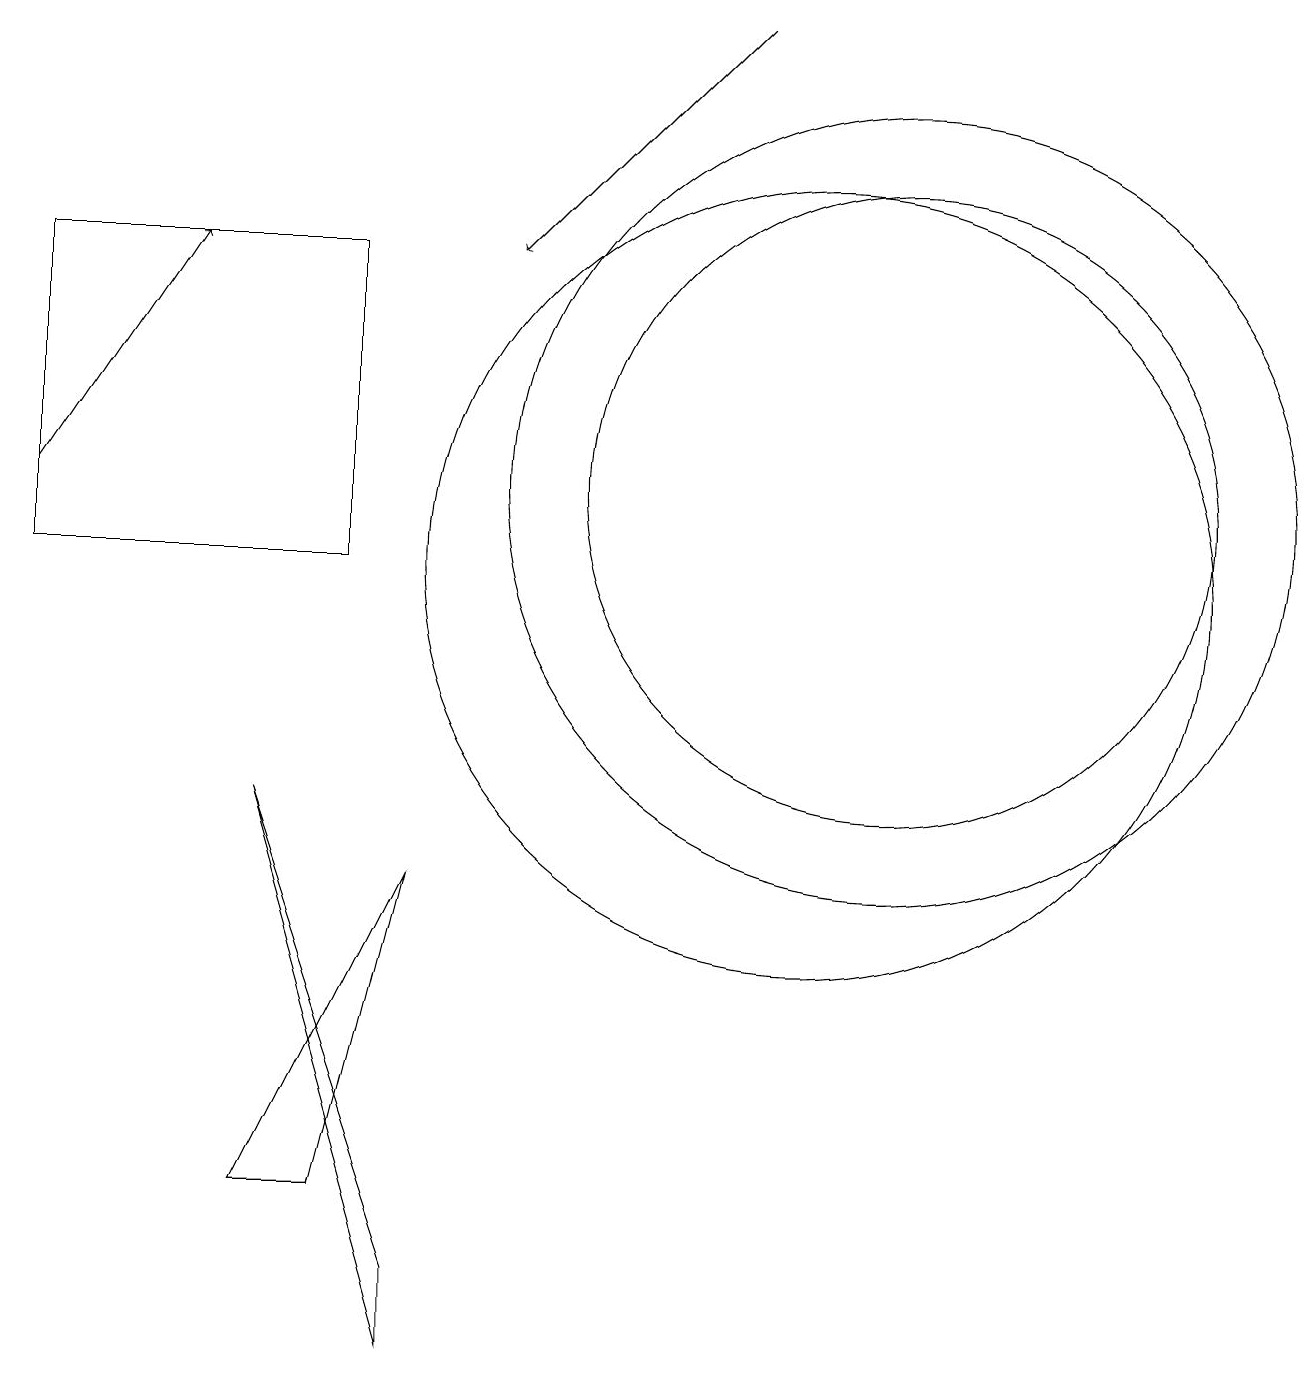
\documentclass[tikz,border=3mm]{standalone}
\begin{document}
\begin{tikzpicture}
\draw (5,6) -- (4,2) -- (3,2) -- cycle;
\draw[->] (9,17) -- (6,14);
\draw (3,7) -- (5,1) -- (5,0) -- cycle;
\draw (4,14) rectangle (0,10);
\draw (10,10) circle (5);
\draw[->] (0,11) -- (2,14);
\draw (11,11) circle (5);
\draw (11,11) circle (4);
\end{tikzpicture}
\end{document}